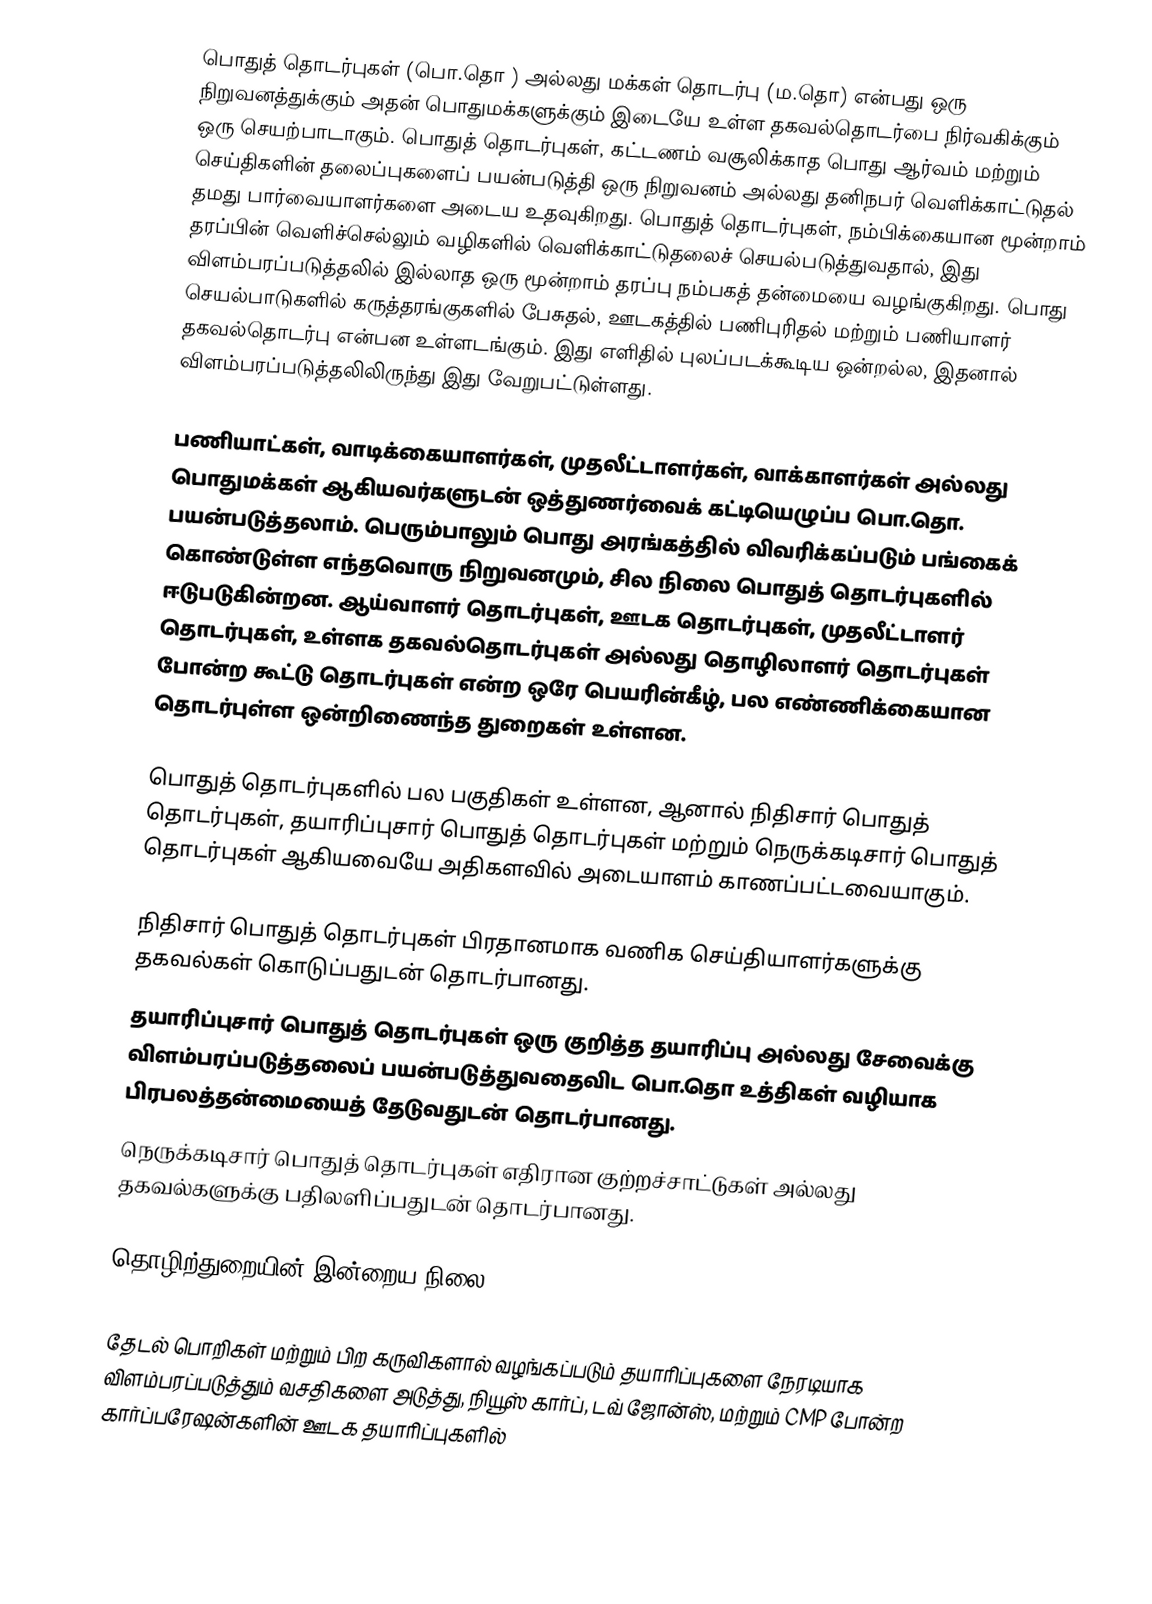
பொதுத் தொடர்புகள் (பொ.தொ ) அல்லது மக்கள் தொடர்பு (ம.தொ) என்பது ஒரு நிறுவனத்துக்கும் அதன் பொதுமக்களுக்கும் இடையே உள்ள தகவல்தொடர்பை நிர்வகிக்கும் ஒரு செயற்பாடாகும். பொதுத் தொடர்புகள், கட்டணம் வசூலிக்காத பொது ஆர்வம் மற்றும் செய்திகளின் தலைப்புகளைப் பயன்படுத்தி ஒரு நிறுவனம் அல்லது தனிநபர் வெளிக்காட்டுதல் தமது பார்வையாளர்களை அடைய உதவுகிறது. பொதுத் தொடர்புகள், நம்பிக்கையான மூன்றாம் தரப்பின் வெளிச்செல்லும் வழிகளில் வெளிக்காட்டுதலைச் செயல்படுத்துவதால், இது விளம்பரப்படுத்தலில் இல்லாத ஒரு மூன்றாம் தரப்பு நம்பகத் தன்மையை வழங்குகிறது. பொது செயல்பாடுகளில் கருத்தரங்குகளில் பேசுதல், ஊடகத்தில் பணிபுரிதல் மற்றும் பணியாளர் தகவல்தொடர்பு என்பன உள்ளடங்கும். இது எளிதில் புலப்படக்கூடிய ஒன்றல்ல, இதனால் விளம்பரப்படுத்தலிலிருந்து இது வேறுபட்டுள்ளது.

பணியாட்கள், வாடிக்கையாளர்கள், முதலீட்டாளர்கள், வாக்காளர்கள் அல்லது பொதுமக்கள் ஆகியவர்களுடன் ஒத்துணர்வைக் கட்டியெழுப்ப பொ.தொ. பயன்படுத்தலாம். பெரும்பாலும் பொது அரங்கத்தில் விவரிக்கப்படும் பங்கைக் கொண்டுள்ள எந்தவொரு நிறுவனமும், சில நிலை பொதுத் தொடர்புகளில் ஈடுபடுகின்றன. ஆய்வாளர் தொடர்புகள், ஊடக தொடர்புகள், முதலீட்டாளர் தொடர்புகள், உள்ளக தகவல்தொடர்புகள் அல்லது தொழிலாளர் தொடர்புகள் போன்ற கூட்டு தொடர்புகள் என்ற ஒரே பெயரின்கீழ், பல எண்ணிக்கையான தொடர்புள்ள ஒன்றிணைந்த துறைகள் உள்ளன.

பொதுத் தொடர்புகளில் பல பகுதிகள் உள்ளன, ஆனால் நிதிசார் பொதுத் தொடர்புகள், தயாரிப்புசார் பொதுத் தொடர்புகள் மற்றும் நெருக்கடிசார் பொதுத் தொடர்புகள் ஆகியவையே அதிகளவில் அடையாளம் காணப்பட்டவையாகும்.

 நிதிசார் பொதுத் தொடர்புகள் பிரதானமாக வணிக செய்தியாளர்களுக்கு தகவல்கள் கொடுப்பதுடன் தொடர்பானது.
 தயாரிப்புசார் பொதுத் தொடர்புகள் ஒரு குறித்த தயாரிப்பு அல்லது சேவைக்கு விளம்பரப்படுத்தலைப் பயன்படுத்துவதைவிட பொ.தொ உத்திகள் வழியாக பிரபலத்தன்மையைத் தேடுவதுடன் தொடர்பானது.
 நெருக்கடிசார் பொதுத் தொடர்புகள் எதிரான குற்றச்சாட்டுகள் அல்லது தகவல்களுக்கு பதிலளிப்பதுடன் தொடர்பானது.

தொழிற்துறையின் இன்றைய நிலை

தேடல் பொறிகள் மற்றும் பிற கருவிகளால் வழங்கப்படும் தயாரிப்புகளை நேரடியாக விளம்பரப்படுத்தும் வசதிகளை அடுத்து, நியூஸ் கார்ப், டவ் ஜோன்ஸ், மற்றும் CMP போன்ற கார்ப்பரேஷன்களின் ஊடக தயாரிப்புகளில்